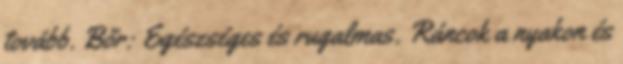
tovább. Bőr: Egészséges és rugalmas. Ráncok a nyakon és